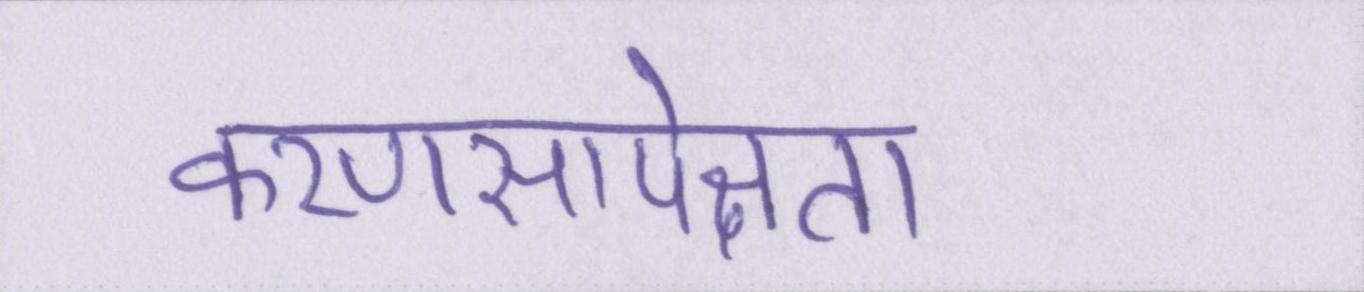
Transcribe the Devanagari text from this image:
करणसापेक्षता